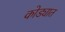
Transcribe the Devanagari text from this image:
कोड्यात